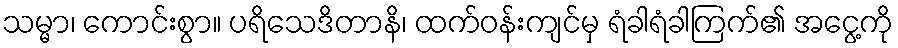
သမ္မာ၊ ကောင်းစွာ။ ပရိသေဒိတာနိ၊ ထက်ဝန်းကျင်မှ ရံခါရံခါကြက်၏ အငွေ့ကို